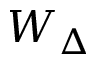
W _ { \Delta }